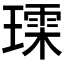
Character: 𮴳